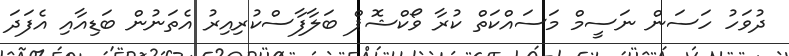
ދުވަހު ހަސަން ނަސީމް މަސައްކަތް ކުރާ ވޯކްޝޮޕް ބަލާފާސްކުރިއިރު އެތަނުން ބަޑިއާއި އެފަދަ